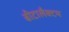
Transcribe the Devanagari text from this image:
बीटालैक्टम